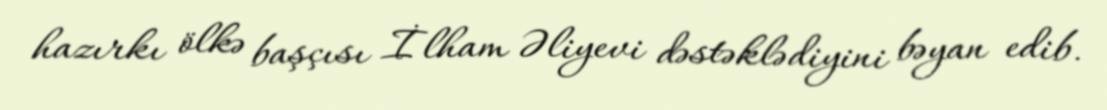
hazırkı ölkə başçısı İlham Əliyevi dəstəklədiyini bəyan edib.